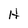
Character: H